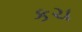
કચ